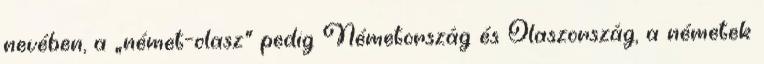
nevében, a „német–olasz” pedig Németország és Olaszország, a németek